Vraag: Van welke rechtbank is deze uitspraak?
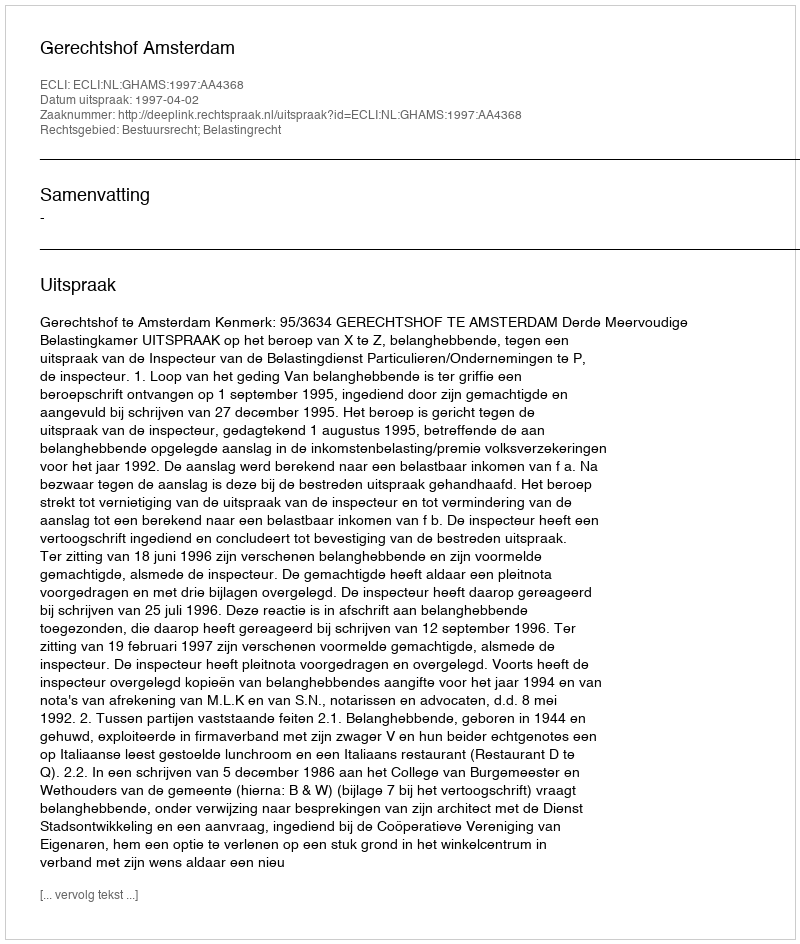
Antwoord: Gerechtshof Amsterdam